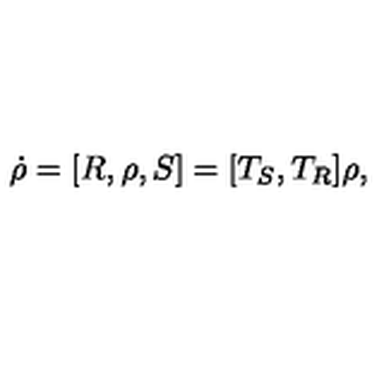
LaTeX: \dot { \rho } = [ R , \rho , S ] = [ T _ { S } , T _ { R } ] \rho ,